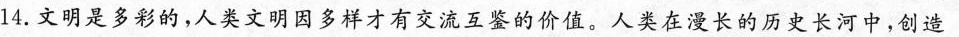
14.文明是多彩的，人类文明因多样才有交流互鉴的价值。人类在漫长的历史长河中，创造